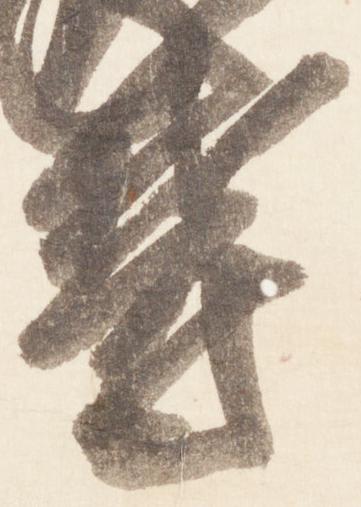
鬱